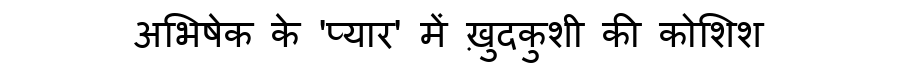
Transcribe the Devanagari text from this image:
अभिषेक के 'प्यार' में ख़ुदकुशी की कोशिश